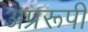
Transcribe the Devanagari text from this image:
अप्ररूपी